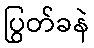
ပြွတ်ခနဲ